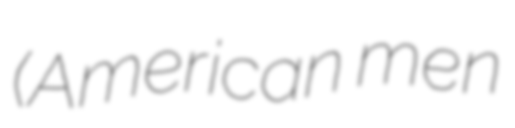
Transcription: (American men